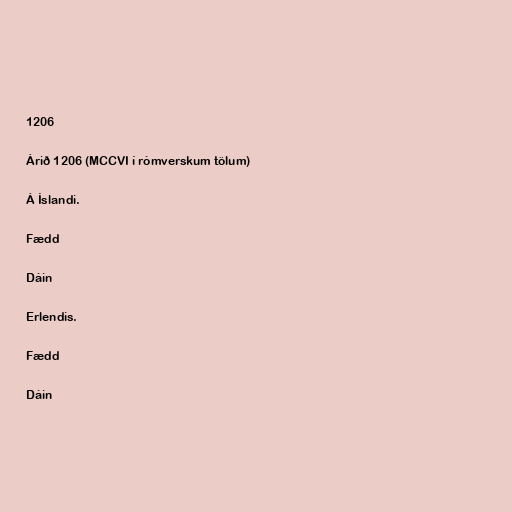
1206

Árið 1206 (MCCVI í rómverskum tölum)

Á Íslandi.

Fædd

Dáin

Erlendis.

Fædd

Dáin